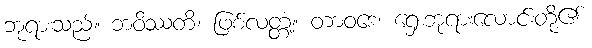
ဘုရားသည်။ ဘဝိဿတိ၊ ဖြစ်လတ္တံ့။ တာဝဒေ၊ ရှေးဘုရားလောင်းတို့၏